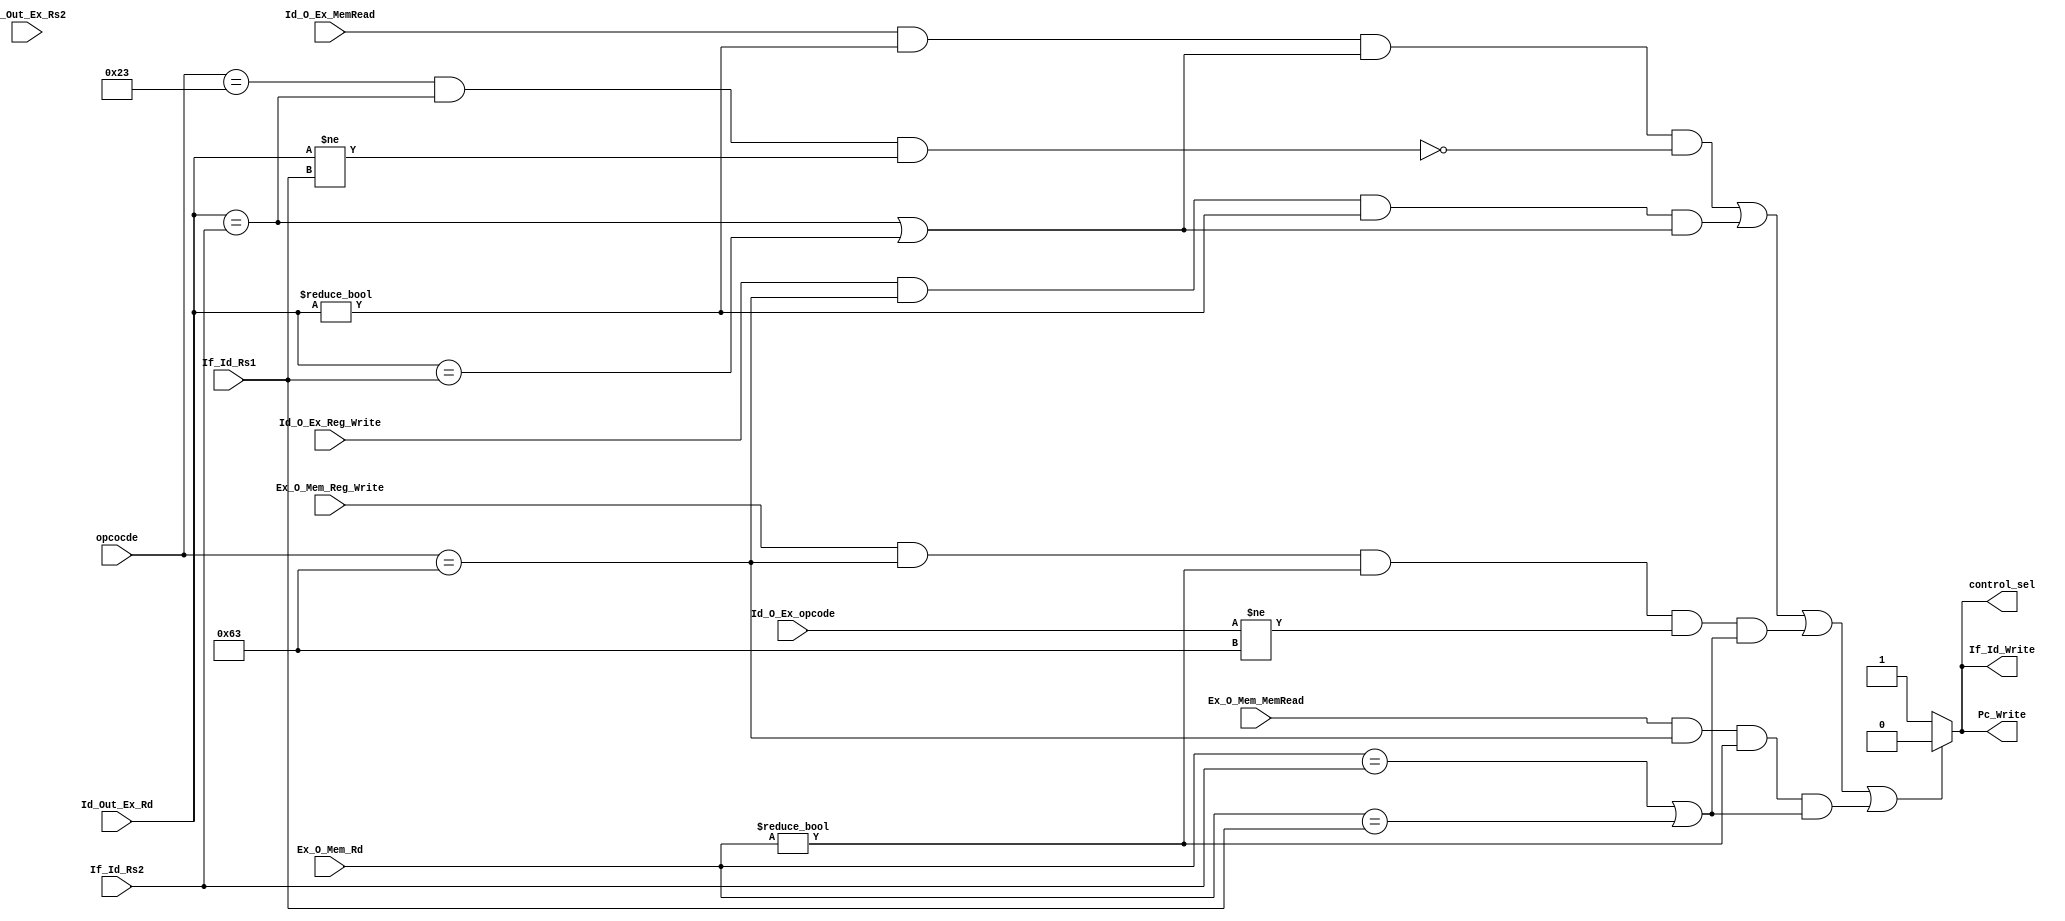
`timescale 1ns / 1ps
module stalling_unit(
   input Ex_O_Mem_Reg_Write,
input Ex_O_Mem_MemRead,
input [4:0] Ex_O_Mem_Rd,
input Id_O_Ex_MemRead,
input Id_O_Ex_Reg_Write,
input [4:0] Id_Out_Ex_Rd,
input [4:0] Id_Out_Ex_Rs2, 
input [4:0] If_Id_Rs2,
input [4:0] If_Id_Rs1,
input [6:0] opcocde,
input [6:0] Id_O_Ex_opcode,
output reg Pc_Write,             // To stop PC clocking
output reg If_Id_Write,          // To stop IF/ID reg clocking
output reg control_sel           // To make control signals zero 
    );
    
     reg c1,c2,c3,c4,c5;
    always @(*)
    begin
    // covering the cases of stalling for load and store store instructions
    c1= ((Id_O_Ex_MemRead==1'b1)&(Id_Out_Ex_Rd !=5'b00000)& ((Id_Out_Ex_Rd ==If_Id_Rs2) | (Id_Out_Ex_Rd ==If_Id_Rs1)));  //load handling
    c2 =((opcocde == 7'b0100011)&(Id_Out_Ex_Rd ==If_Id_Rs2)&(Id_Out_Ex_Rd !=If_Id_Rs1));                                 //store handling
   // rtype - branch stalling conditions c3 and c4
    c3 =((Id_O_Ex_Reg_Write==1'b1)&(opcocde == 7'b1100011)&(Id_Out_Ex_Rd !=5'b00000)& ((Id_Out_Ex_Rd ==If_Id_Rs2) | (Id_Out_Ex_Rd ==If_Id_Rs1)));
    c4 = ((Ex_O_Mem_Reg_Write==1'b1)&(opcocde == 7'b1100011)&(Ex_O_Mem_Rd !=5'b00000)& (Id_O_Ex_opcode!= 7'b1100011) &((Ex_O_Mem_Rd ==If_Id_Rs2) | (Ex_O_Mem_Rd ==If_Id_Rs1)));
    // load- branch stalling condition
    c5 = ((Ex_O_Mem_MemRead==1'b1)&(opcocde == 7'b1100011)&(Ex_O_Mem_Rd !=5'b00000)& ((Ex_O_Mem_Rd ==If_Id_Rs2) | (Ex_O_Mem_Rd ==If_Id_Rs1)));
    
   if( ((c1&(~c2))|c3|c4|c5)==1'b1)
   // stalling PC and IF/ID 
   // Control signal to make control signals zero
   begin
   Pc_Write = 1'b0;
   If_Id_Write= 1'b0;
   control_sel =1'b0;
   end
   
   else
   begin
   Pc_Write = 1'b1;
   If_Id_Write= 1'b1;
   control_sel =1'b1;
   end
   
   end   
endmodule